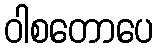
ဝါစတောပေ